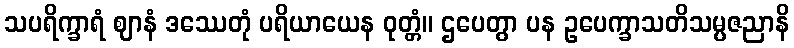
သပရိက္ခာရံ ဈာနံ ဒဿေတုံ ပရိယာယေန ဝုတ္တံ။ ဌပေတွာ ပန ဥပေက္ခာသတိသမ္ပဇညာနိ